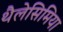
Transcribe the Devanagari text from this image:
थैलेसिमिया